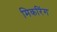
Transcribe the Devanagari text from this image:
मिकरिंग